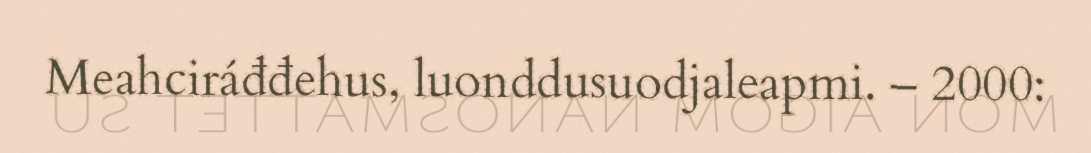
Meahciráđđehus, luonddusuodjaleapmi. – 2000: